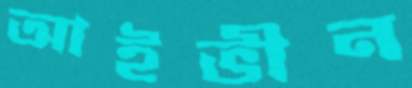
আইভীন